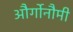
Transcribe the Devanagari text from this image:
और्गोनौमी